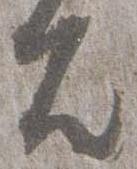
殿